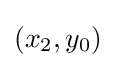
(x_{2},y_{0})